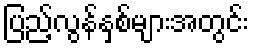
ပြည့်လွန်နှစ်များအတွင်း